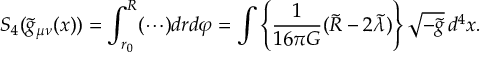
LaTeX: S _ { 4 } ( \tilde { g } _ { \mu \nu } ( x ) ) = \int _ { r _ { 0 } } ^ { R } ( \cdots ) d r d \varphi = \int \left\{ \frac { 1 } { 1 6 \pi G } ( \tilde { R } - 2 \tilde { \lambda } ) \right\} \sqrt { - \tilde { g } } \, d ^ { 4 } x .